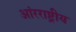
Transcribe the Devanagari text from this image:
आंरराष्ट्रीय